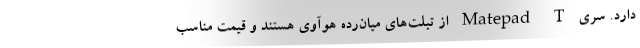
دارد. سری Matepad T از تبلت‌های میان‌رده هوآوی هستند و قیمت مناسب